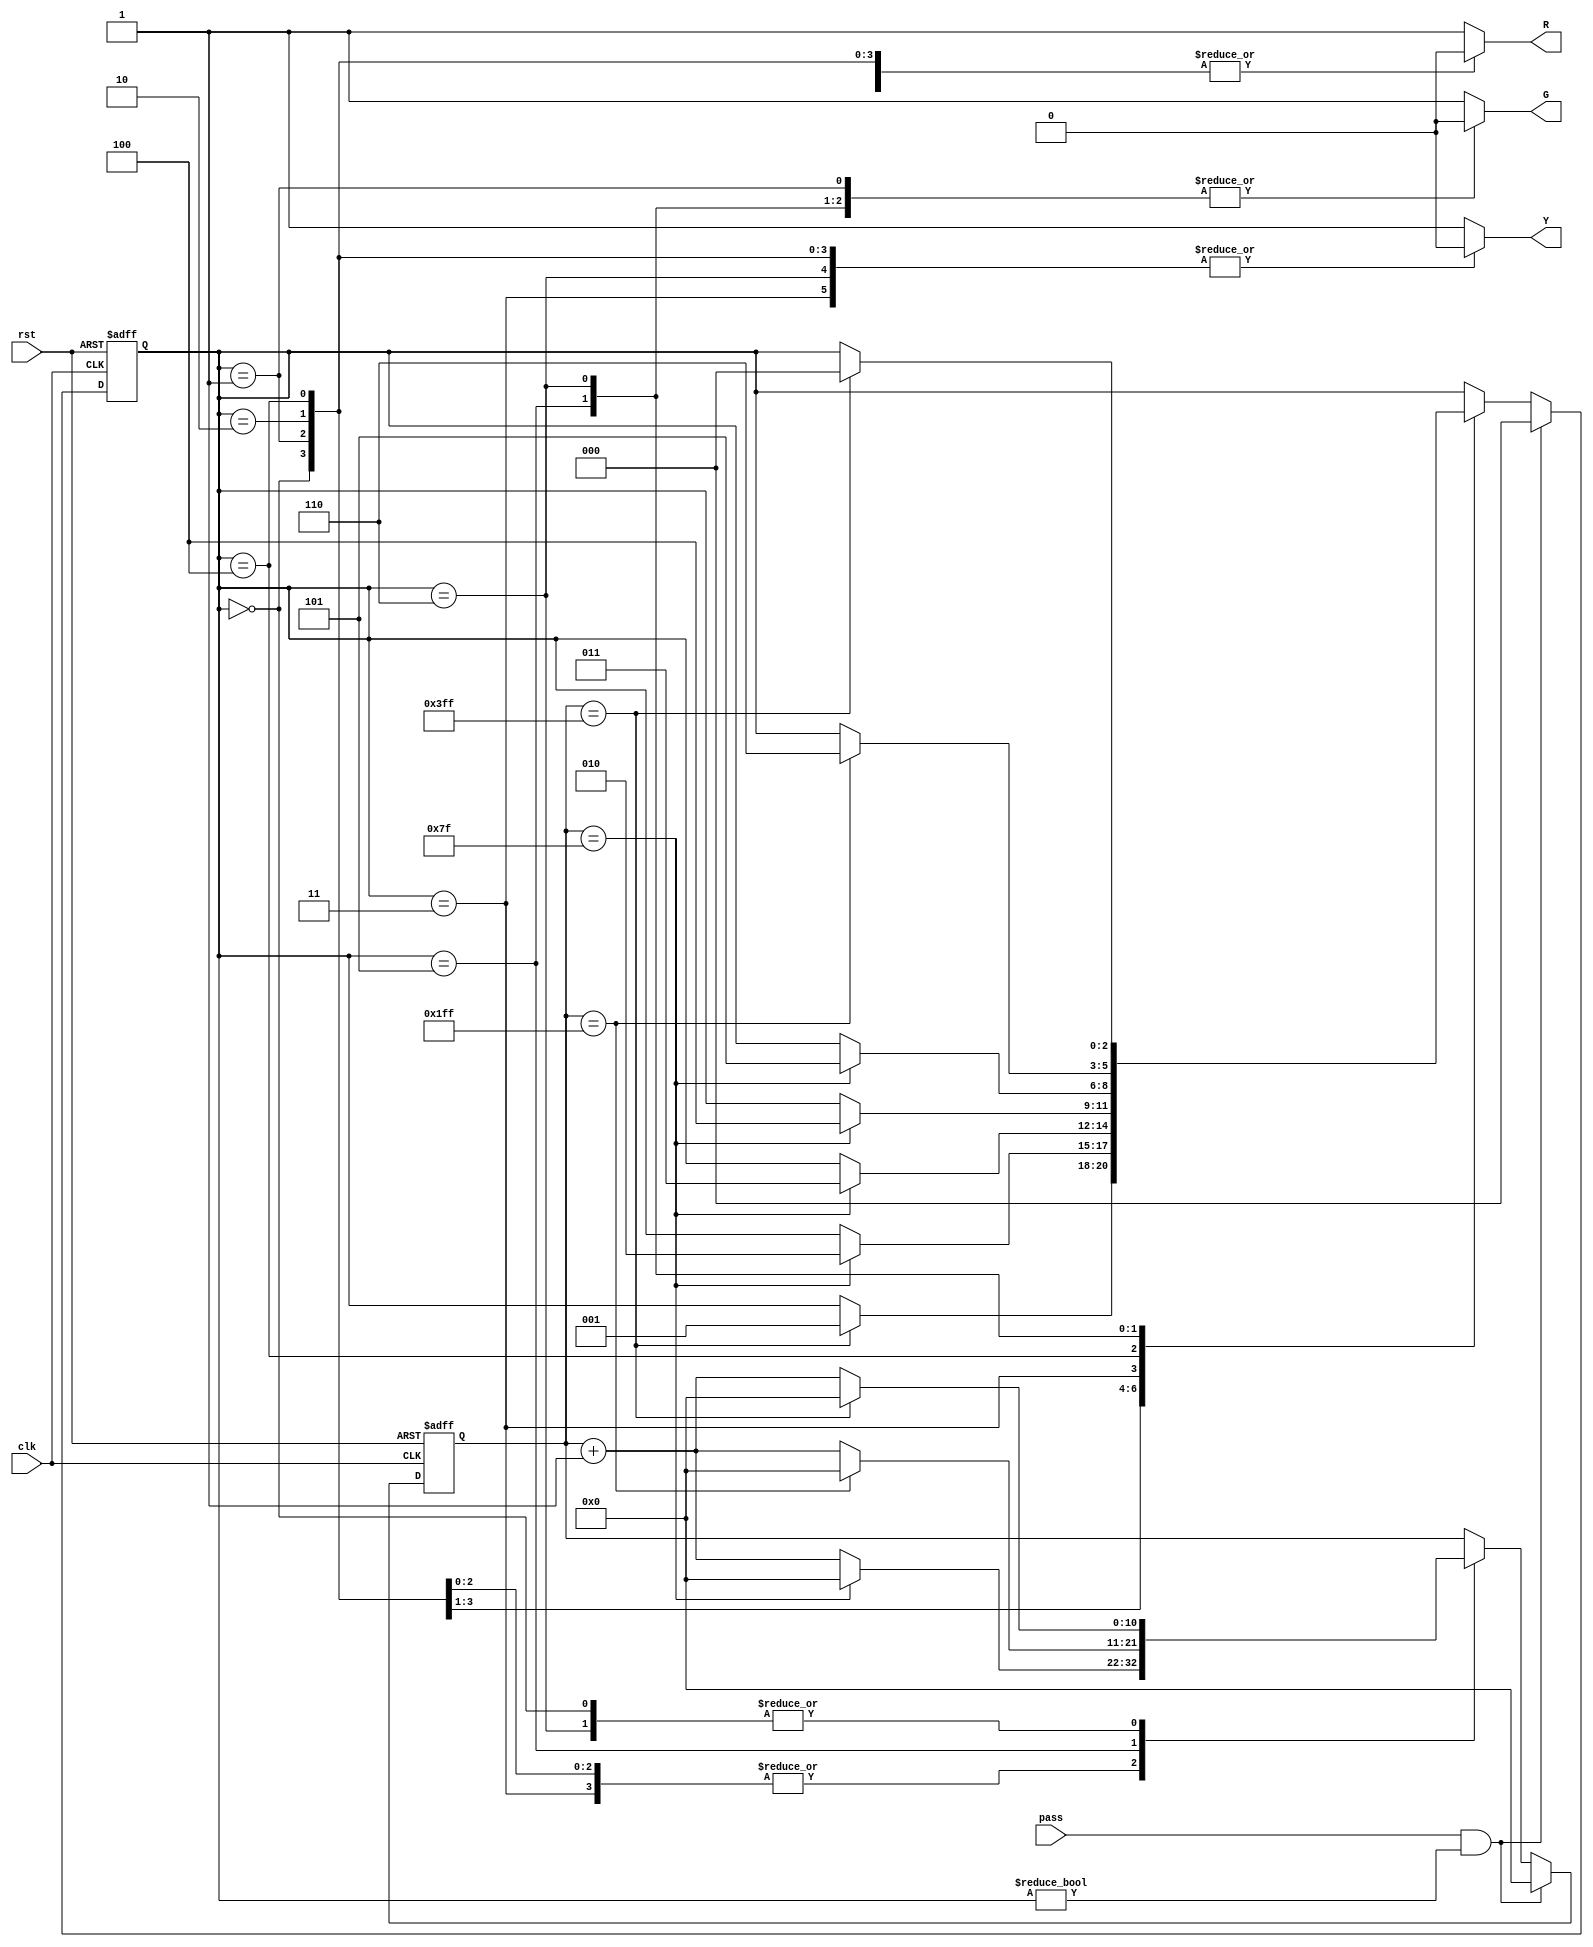
module traffic_light (
    input  clk,
    input  rst,
    input  pass,
    output R,
    output G,
    output Y
);

//write your code here
//states NO--> 3'd7
localparam Green_0 =3'd0;
localparam None_0 =3'd1;
localparam Green_1 =3'd2;
localparam None_1 =3'd3;
localparam Green_2 =3'd4;
localparam Yellow_0 =3'd5;
localparam Red_0 =3'd6;

reg [2:0]cur_state;
reg [10:0]clk_cycles;
reg tempG;
reg tempY;
reg tempR;

assign G=tempG;
assign Y=tempY;
assign R=tempR;

always @ ( * )begin //output control
    case (cur_state)
        Green_0 :begin
            tempG=1'b1; tempY=1'b0; tempR=1'b0;      
        end
        None_0 :begin
            tempG=1'b0; tempY=1'b0; tempR=1'b0;
        end
        Green_1 :begin
            tempG=1'b1; tempY=1'b0; tempR=1'b0;
        end
        None_1 :begin
            tempG=1'b0; tempY=1'b0; tempR=1'b0; 
        end
        Green_2 :begin
            tempG=1'b1; tempY=1'b0; tempR=1'b0;
        end
        Yellow_0:begin
            tempG=1'b0; tempY=1'b1; tempR=1'b0;
        end
        Red_0:begin
            tempG=1'b0; tempY=1'b0; tempR=1'b1; 
        end
        default: begin
            tempG=1'b1; tempY=1'b1; tempR=1'b1;
        end
    endcase
end
always @ ( posedge clk, posedge rst)begin
    if(rst)begin
        cur_state<=Green_0;
        clk_cycles<=0;
    end
    else begin
        if(pass==1 && cur_state!=Green_0)begin
        cur_state<=Green_0;
        clk_cycles<=0;
        end
        else begin
            case(cur_state)
            Green_0:begin
                if(clk_cycles==11'd1023)begin
                    clk_cycles<=0;
                    cur_state<=None_0;
                end
                else begin
                    clk_cycles<=clk_cycles+11'b1;
                end
            end
            None_0:begin
                if(clk_cycles==11'd127)begin
                    clk_cycles<=0;
                    cur_state<=Green_1;
                end
                else begin
                    clk_cycles<=clk_cycles+11'b1;
                end
            end
            Green_1:begin
                if(clk_cycles==11'd127)begin
                    clk_cycles<=0;
                    cur_state<=None_1;
                end
                else begin
                    clk_cycles<=clk_cycles+11'b1;
                end 
            end
            None_1:begin
                if(clk_cycles==11'd127)begin
                    clk_cycles<=0;
                    cur_state<=Green_2;
                end
                else begin
                    clk_cycles<=clk_cycles+11'b1;
                end
            end
            Green_2:begin
                if(clk_cycles==11'd127)begin
                    clk_cycles<=0;
                    cur_state<=Yellow_0;
                end
                else begin
                    clk_cycles<=clk_cycles+11'b1;
                end 
            end
            Yellow_0:begin
                if(clk_cycles==11'd511)begin
                    clk_cycles<=0;
                    cur_state<=Red_0;
                end
                else begin
                    clk_cycles<=clk_cycles+11'b1;
                end 
            end
            Red_0:begin
                if(clk_cycles==11'd1023)begin
                    clk_cycles<=0;
                    cur_state<=Green_0;
                end
                else begin
                    clk_cycles<=clk_cycles+11'b1;
                end
            end
            default:begin
                cur_state<=cur_state;
                clk_cycles<=clk_cycles;
            end
        endcase
        end
    end
   
end

endmodule